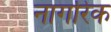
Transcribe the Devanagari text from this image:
नागरिक